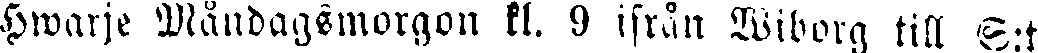
hwarje Måndagsmorgon kl. 9 ifrån Wiborg till S:t